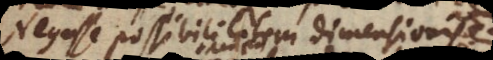
Negavit possibilitatem dimensionis